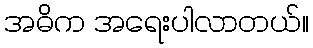
အဓိက အရေးပါလာတယ်။